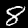
Digit: 8